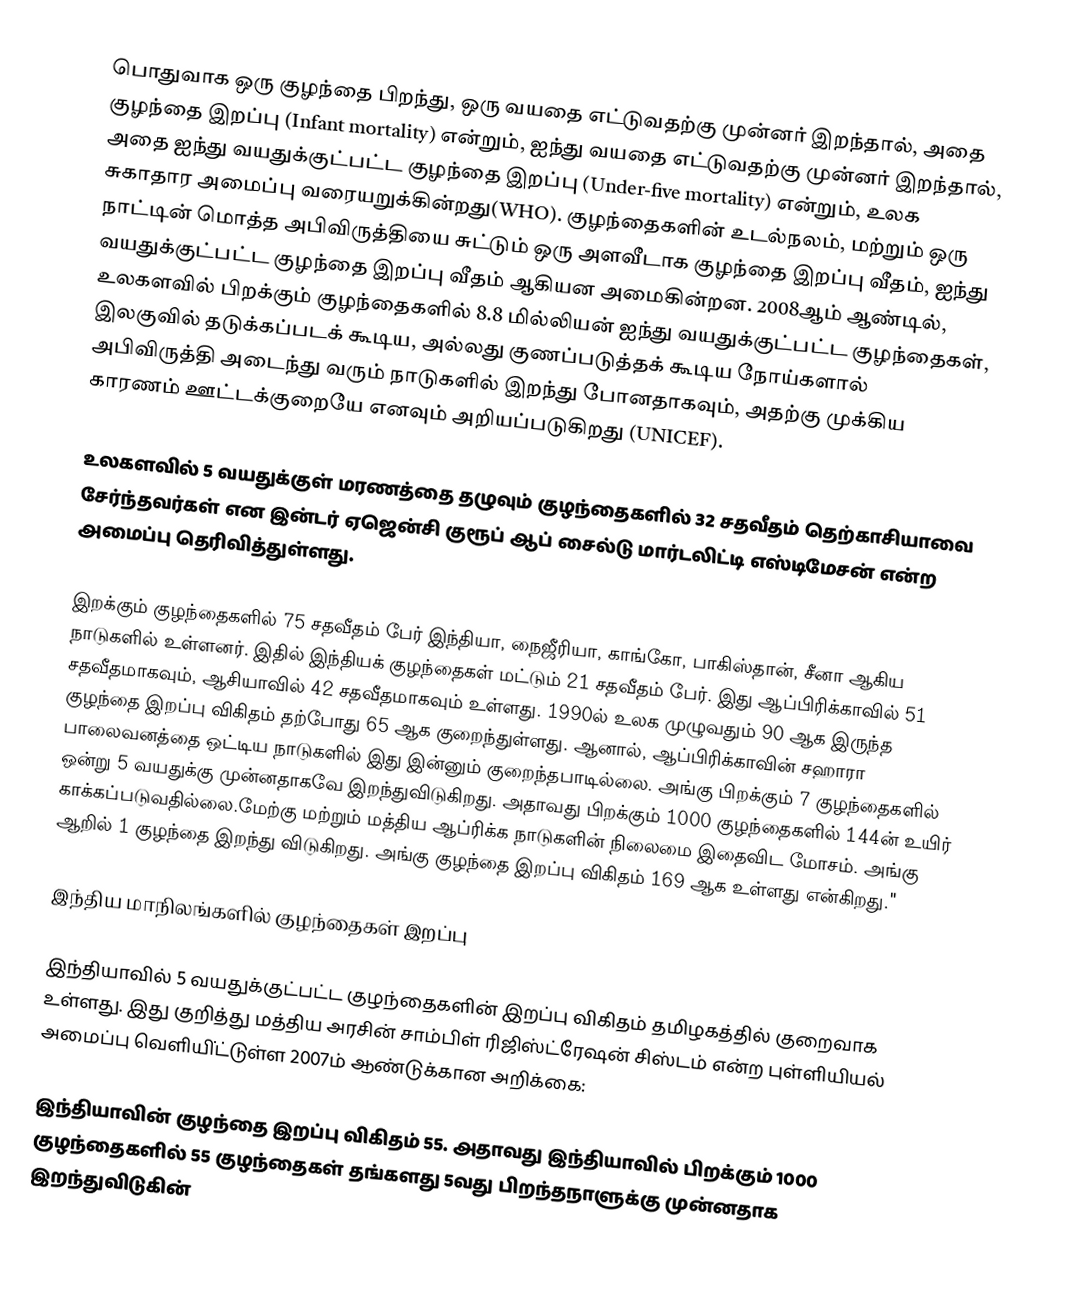
பொதுவாக ஒரு குழந்தை பிறந்து, ஒரு வயதை எட்டுவதற்கு முன்னர் இறந்தால், அதை குழந்தை இறப்பு (Infant mortality) என்றும், ஐந்து வயதை எட்டுவதற்கு முன்னர் இறந்தால், அதை ஐந்து வயதுக்குட்பட்ட குழந்தை இறப்பு (Under-five mortality) என்றும்,  உலக சுகாதார அமைப்பு வரையறுக்கின்றது(WHO). குழந்தைகளின் உடல்நலம், மற்றும் ஒரு நாட்டின் மொத்த அபிவிருத்தியை சுட்டும் ஒரு அளவீடாக குழந்தை இறப்பு வீதம், ஐந்து வயதுக்குட்பட்ட குழந்தை இறப்பு வீதம் ஆகியன அமைகின்றன. 2008ஆம் ஆண்டில், உலகளவில் பிறக்கும் குழந்தைகளில் 8.8 மில்லியன் ஐந்து வயதுக்குட்பட்ட குழந்தைகள், இலகுவில் தடுக்கப்படக் கூடிய, அல்லது குணப்படுத்தக் கூடிய நோய்களால் அபிவிருத்தி அடைந்து வரும் நாடுகளில் இறந்து போனதாகவும், அதற்கு முக்கிய காரணம் ஊட்டக்குறையே எனவும் அறியப்படுகிறது (UNICEF).

உலகளவில் 5 வயதுக்குள் மரணத்தை தழுவும் குழந்தைகளில் 32 சதவீதம் தெற்காசியாவை சேர்ந்தவர்கள் என இன்டர் ஏஜென்சி குரூப் ஆப் சைல்டு மார்டலிட்டி எஸ்டிமேசன் என்ற அமைப்பு தெரிவித்துள்ளது.

இறக்கும் குழந்தைகளில் 75 சதவீதம் பேர் இந்தியா, நைஜீரியா, காங்கோ, பாகிஸ்தான், சீனா ஆகிய நாடுகளில் உள்ளனர். இதில் இந்தியக் குழந்தைகள் மட்டும் 21 சதவீதம் பேர். இது ஆப்பிரிக்காவில் 51 சதவீதமாகவும், ஆசியாவில் 42 சதவீதமாகவும் உள்ளது. 1990ல் உலக முழுவதும் 90 ஆக இருந்த குழந்தை இறப்பு விகிதம் தற்போது 65 ஆக குறைந்துள்ளது. ஆனால், ஆப்பிரிக்காவின் சஹாரா பாலைவனத்தை ஒட்டிய நாடுகளில் இது இன்னும் குறைந்தபாடில்லை. அங்கு பிறக்கும் 7 குழந்தைகளில் ஒன்று 5 வயதுக்கு முன்னதாகவே இறந்துவிடுகிறது. அதாவது பிறக்கும் 1000 குழந்தைகளில் 144ன் உயிர் காக்கப்படுவதில்லை.மேற்கு மற்றும் மத்திய ஆப்ரிக்க நாடுகளின் நிலைமை இதைவிட மோசம். அங்கு ஆறில் 1 குழந்தை இறந்து விடுகிறது. அங்கு குழந்தை இறப்பு விகிதம் 169 ஆக உள்ளது என்கிறது."

இந்திய மாநிலங்களில் குழந்தைகள் இறப்பு

இந்தியாவில் 5 வயதுக்குட்பட்ட குழந்தைகளின் இறப்பு விகிதம் தமிழகத்தில் குறைவாக உள்ளது. இது குறித்து மத்திய அரசின் சாம்பிள் ரிஜிஸ்ட்ரேஷன் சிஸ்டம் என்ற புள்ளியியல் அமைப்பு வெளியி்ட்டுள்ள 2007ம் ஆண்டுக்கான அறிக்கை:

இந்தியாவின் குழந்தை இறப்பு விகிதம் 55. அதாவது இந்தியாவில் பிறக்கும் 1000 குழந்தைகளில் 55 குழந்தைகள் தங்களது 5வது பிறந்தநாளுக்கு முன்னதாக இறந்துவிடுகின்